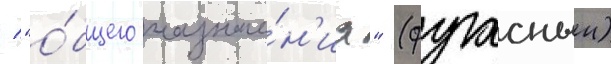
/ "о́бщего назначе́н'иа" (фугасныи)